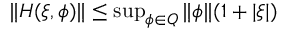
\begin{array} { r } { \| H ( \xi , \phi ) \| \le \operatorname* { s u p } _ { \phi \in Q } \| \phi \| ( 1 + | \xi | ) } \end{array}